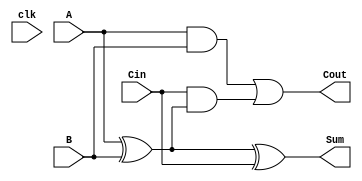
module DynamicFullAdder (
    input wire A,       // First input bit
    input wire B,       // Second input bit
    input wire Cin,     // Carry-in bit
    input wire clk,     // Clock signal
    output wire Sum,    // Sum output
    output wire Cout    // Carry-out output
);

    // Internal wires for dynamic logic
    wire AB;            // Intermediate wire for A AND B
    wire A_xor_B;      // Intermediate wire for A XOR B
    wire A_xor_B_Cin;  // Intermediate wire for (A XOR B) XOR Cin

    // Dynamic logic for A XOR B
    assign A_xor_B = A ^ B;

    // Dynamic logic for Sum = A XOR B XOR Cin
    assign Sum = A_xor_B ^ Cin;

    // Dynamic logic for Cout = (A AND B) OR (Cin AND (A XOR B))
    assign AB = A & B; // A AND B
    assign Cout = AB | (Cin & A_xor_B); // Cout = (A AND B) OR (Cin AND (A XOR B))

endmodule